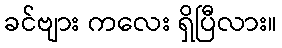
ခင်ဗျား ကလေး ရှိပြီလား။